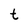
Character: t